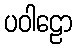
ပဝါဠော